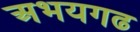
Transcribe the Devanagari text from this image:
अभयगढ